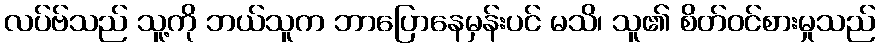
လပ်ဗ်သည် သူ့ကို ဘယ်သူက ဘာပြောနေမှန်းပင် မသိ၊ သူ၏ စိတ်ဝင်စားမှုသည်